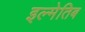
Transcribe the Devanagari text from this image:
इल्मेतिब